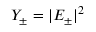
Y _ { \pm } = | E _ { \pm } | ^ { 2 }